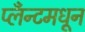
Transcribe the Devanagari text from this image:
प्लँन्टमधून